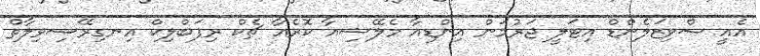
އެއީ ސްވިޒަލެންޑް އިޓަލީ ޖަރުމަން އިންޑިއާ މެލޭޝިއާ ކޮރެއާ ޗެކް ރިޕަބްލިކް އިނގިރޭސިވިލާތް